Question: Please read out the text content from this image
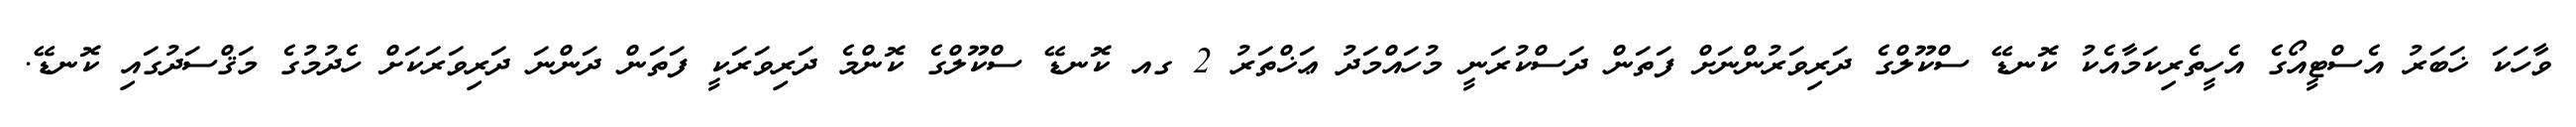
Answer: ވާހަކަ ޚަބަރު އެސްޓީއޯގެ އެހީތެރިކަމާއެކު ކޮނޑޭ ސްކޫލްގެ ދަރިވަރުންނަށް ފަތަން ދަސްކުރަނީ މުހައްމަދު ޢަޚްތަރު 2 ގއ ކޮނޑޭ ސްކޫލްގެ ކޮންމެ ދަރިވަރަކީ ފަތަން ދަންނަ ދަރިވަރަކަށް ހެދުމުގެ މަޤްސަދުގައި ކޮނޑޭ.